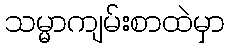
သမ္မာကျမ်းစာထဲမှာ